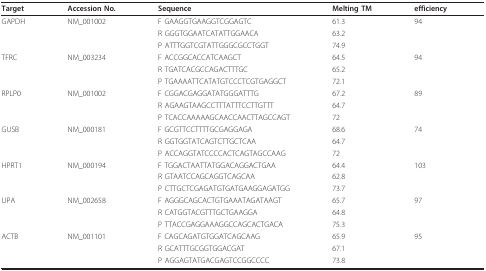
| Target | Accession No. | Sequence | Melting TM | efficiency |
 | --- | --- | --- | --- | --- |
 | GAPDH | NM_001002 | F GAAGGTGAAGGTCGGAGTC | 61.3 | 94 |
 |  |  | R GGGTGGAATCATATTGGAACA | 63.2 |  |
 |  |  | P ATTTGGTCGTATTGGGCGCCTGGT | 74.9 |  |
 | TFRC | NM_003234 | F ACCGGCACCATCAAGCT | 64.5 | 94 |
 |  |  | R TGATCACGCCAGACTTTGC | 65.2 |  |
 |  |  | P TGAAAATTCATATGTCCCTCGTGAGGCT | 72.1 |  |
 | RPLP0 | NM_001002 | F CGGACGAGGATATGGGATTTG | 67.2 | 89 |
 |  |  | R AGAAGTAAGCCTTTATTTCCTTGTTT | 64.7 |  |
 |  |  | P TCACCAAAAAGCAACCAACTTAGCCAGT | 72 |  |
 | GUSB | NM_000181 | F GCGTTCCTTTTGCGAGGAGA | 68.6 | 74 |
 |  |  | R GGTGGTATCAGTCTTGCTCAA | 64.7 |  |
 |  |  | P ACCAGGTATCCCCACTCAGTAGCCAAG | 72 |  |
 | HPRT1 | NM_000194 | F TGGACTAATTATGGACAGGACTGAA | 64.4 | 103 |
 |  |  | R GTAATCCAGCAGGTCAGCAA | 62.8 |  |
 |  |  | P CTTGCTCGAGATGTGATGAAGGAGATGG | 73.7 |  |
 | UPA | NM_002658 | F AGGGCAGCACTGTGAAATAGATAAGT | 65.7 | 97 |
 |  |  | R CATGGTACGTTTGCTGAAGGA | 64.8 |  |
 |  |  | P TTACCGAGGAAAGGCCAGCACTGACA | 75.3 |  |
 | ACTB | NM_001101 | F CAGCAGATGTGGATCAGCAAG | 65.9 | 95 |
 |  |  | R GCATTTGCGGTGGACGAT | 67.1 |  |
 |  |  | P AGGAGTATGACGAGTCCGGCCCC | 73.8 |  |